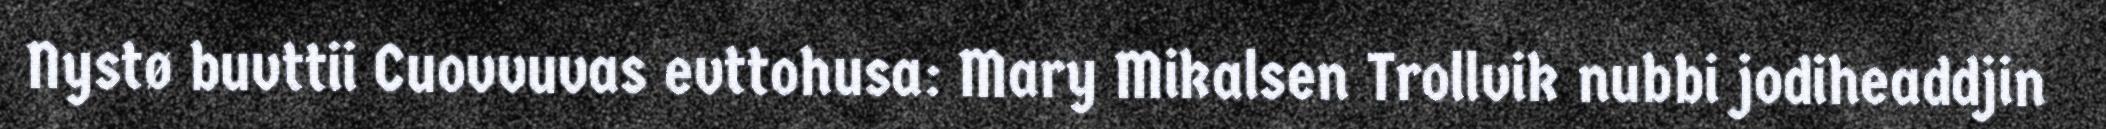
Nystø buvttii Cuovvuvas evttohusa: Mary Mikalsen Trollvik nubbi jodiheaddjin